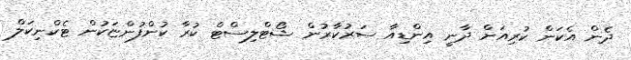
ދެން އެކަން ކުރިއަށް ދާނީ އިންޑިއާ ސަރުކާރުން ޝޯޓްލިސްޓް ކުރާ ކުންފުންޏަކުން ޓެކްނިކަލް